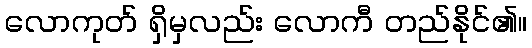
လောကုတ် ရှိမှလည်း လောကီ တည်နိုင်၏။